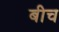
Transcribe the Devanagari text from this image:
बीच